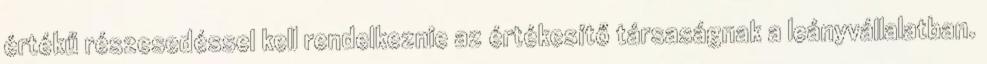
értékű részesedéssel kell rendelkeznie az értékesítő társaságnak a leányvállalatban.